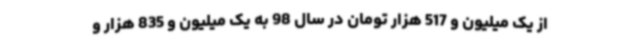
از یک میلیون و 517 هزار تومان در سال 98 به یک میلیون و 835 هزار و